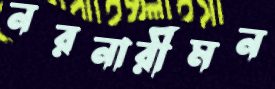
নরনারীমন